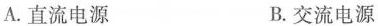
A.直流电源 B.交流电源